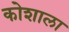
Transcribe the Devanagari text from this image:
कोशाला